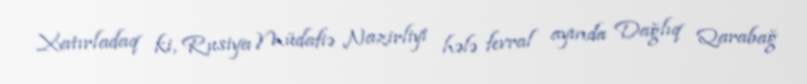
Xatırladaq ki, Rusiya Müdafiə Nazirliyi hələ fevral ayında Dağlıq Qarabağ